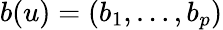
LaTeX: b(u)=(b_{1},\ldots,b_{p})